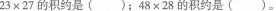
$$23×27$$的积约是()；$$48×28$$的积约是()。